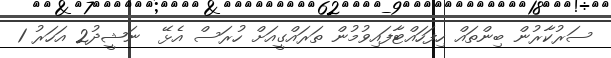
ސަރުކާރުން ބިންތައް ހިފަހައްޓާފައިވުމުން ތަރައްގީއަށް ހުރަސް އެޅޭ  ނަޝީދު2 އަހަރު 1